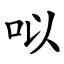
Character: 㕽